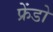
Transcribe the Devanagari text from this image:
फ्रेंडो